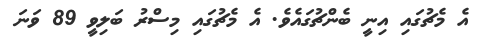
އެ މެޗުގައި އިނީ ބެންޗުގައެވެ. އެ މެޗުގައި މިސްރު ބަލިވީ 89 ވަނަ